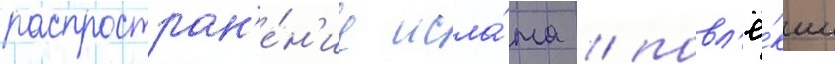
распростран'е́н'ие исла́ма / повл'ё́кши